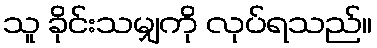
သူ ခိုင်းသမျှကို လုပ်ရသည်။